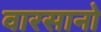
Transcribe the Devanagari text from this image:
वारसानो